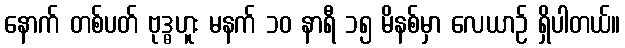
နောက် တစ်ပတ် ဗုဒ္ဓဟူး မနက် ၁၀ နာရီ ၁၅ မိနစ်မှာ လေယာဉ် ရှိပါတယ်။